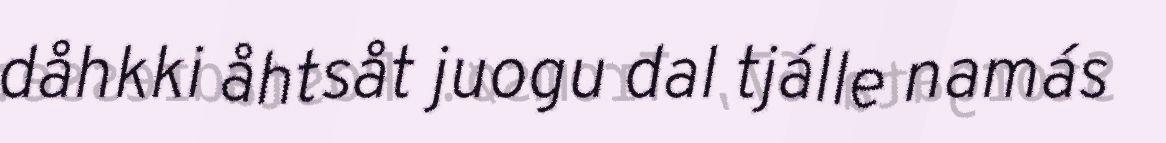
dåhkki åhtsåt juogu dal tjálle namás